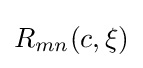
R_{mn}(c,\xi )